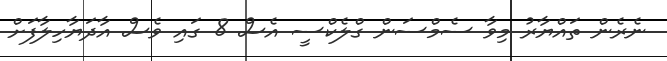
ނެރެން ތައްޔާރު މިވާ ސެމްސަން ގްލެކްސީ އެސް 8 ގައި ވެސް އާދަޔާހިލާފަށް